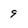
Character: 9